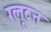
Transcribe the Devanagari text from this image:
ग्लूटन